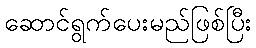
ဆောင်ရွက်ပေးမည်ဖြစ်ပြီး